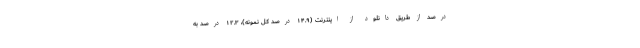
درصد از طریق دانلود از اینترنت (۱۴.۹ درصد کل نمونه)، ۱۲.۳ درصد به